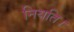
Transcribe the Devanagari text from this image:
नियति।